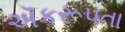
ઍકરૂપતા